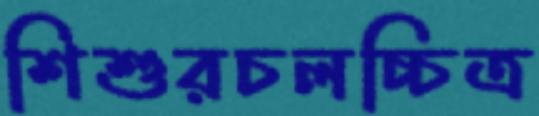
শিশুরচলচ্চিত্র